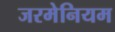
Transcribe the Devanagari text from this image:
जरमेनियम